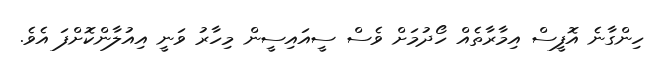
ހިންގާނެ އޮފީސް އިމާރާތެއް ހޯދުމަށް ވެސް ސީއައިސީން މިހާރު ވަނީ އިއުލާންކޮށްފަ އެވެ.